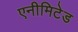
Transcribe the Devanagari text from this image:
एनीमिटेड